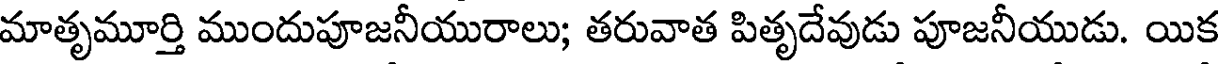
మాతృమూర్తి ముందుపూజనీయురాలు; తరువాత పితృదేవుడు పూజనీయుడు. యిక